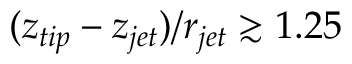
( z _ { t i p } - z _ { j e t } ) / r _ { j e t } \gtrsim 1 . 2 5